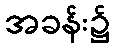
အခန်း၌